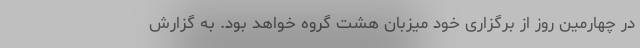
در چهارمین روز از برگزاری خود میزبان هشت گروه خواهد بود. به گزارش